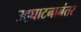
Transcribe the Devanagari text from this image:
उद्‌घाटनानंतर